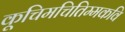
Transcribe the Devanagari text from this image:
कूचिमचितिम्मकवि